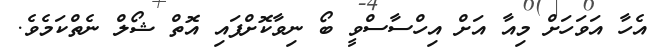
އެހާ އަވަހަށް މިއާ އަށް އިހްސާސްވީ ބޯ ނިވާކޮށްފައި އޮތް ޝޯލް ނެތްކަމެވެ.